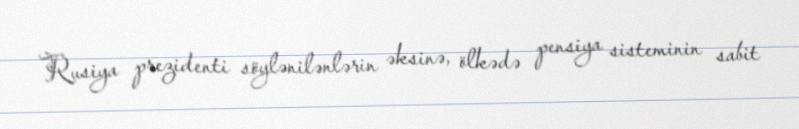
Rusiya prezidenti söylənilənlərin əksinə, ölkədə pensiya sisteminin sabit